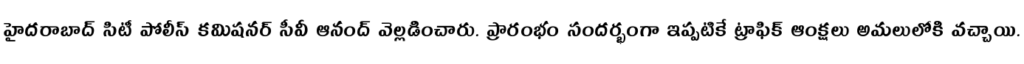
హైదరాబాద్ సిటీ పోలీస్ కమిషనర్ సీవీ ఆనంద్ వెల్లడించారు. ప్రారంభం సందర్భంగా ఇప్పటికే ట్రాఫిక్ ఆంక్షలు అమలులోకి వచ్చాయి.